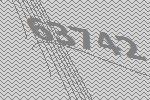
63742